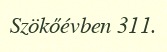
Szökőévben 311.